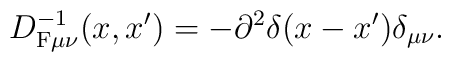
D^{-1}_{{\rm F}\mu\nu}(x,x')=-\partial^2 \delta(x-x')\delta_{\mu\nu}.